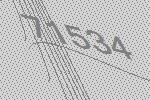
71534